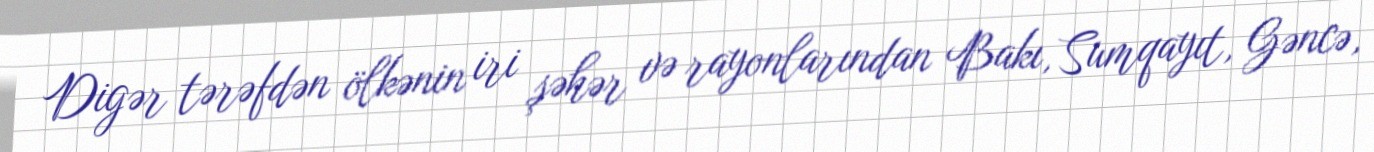
Digər tərəfdən ölkənin iri şəhər və rayonlarından Bakı, Sumqayıt, Gəncə,